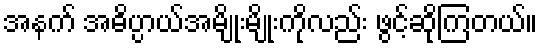
အနက် အဓိပ္ပာယ်အမျိုးမျိုးကိုလည်း ဖွင့်ဆိုကြတယ်။